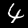
Label: 4